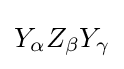
Y_{\alpha }Z_{\beta }Y_{\gamma }